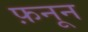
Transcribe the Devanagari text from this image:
फ़नून